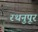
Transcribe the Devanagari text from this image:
रथनुपूर